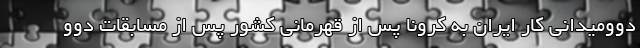
دوومیدانی کار ایران به کرونا پس از قهرمانی کشور پس از مسابقات دوو